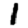
Digit: 1